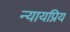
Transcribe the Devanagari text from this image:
न्‍यायप्रिय